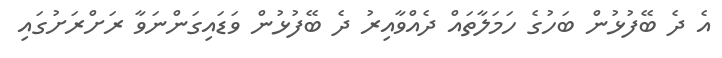
އެ ދެ ބޭފުޅުން ބަހުގެ ހަމަލާތައް ދެއްވާއިރު ދެ ބޭފުޅުން ވަޑައިގަންނަވާ ރަށްރަށުގައި